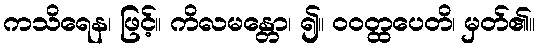
ကသိရေန၊ ဖြင့်။ ကိလမန္တော၊ ၍။ ဝဝတ္ထပေတိ၊ မှတ်၏။